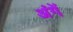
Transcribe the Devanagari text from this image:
अंगें